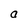
Character: a